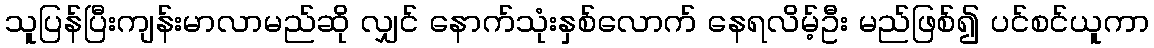
သူပြန်ပြီးကျန်းမာလာမည်ဆို လျှင် နောက်သုံးနှစ်လောက် နေရလိမ့်ဦး မည်ဖြစ်၍ ပင်စင်ယူကာ